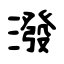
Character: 潑